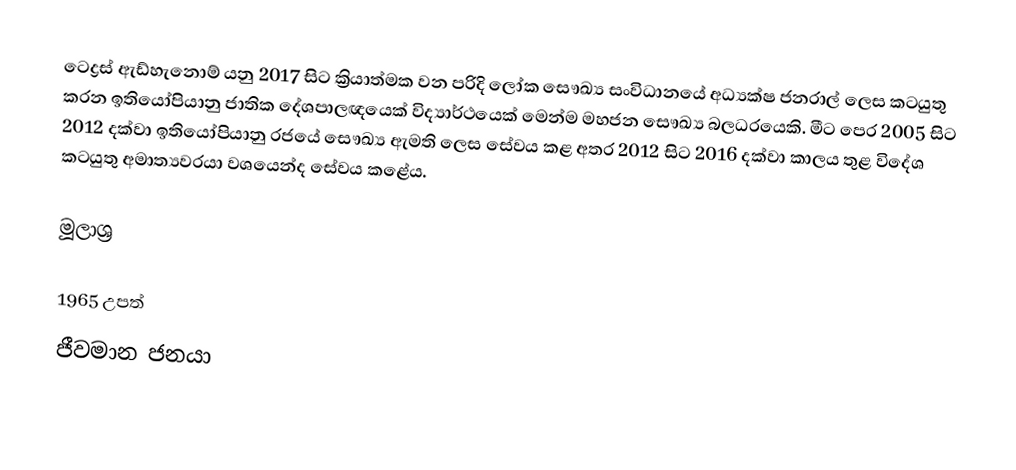
ටෙද්‍රස් ඇඩ්හැනොම් යනු 2017 සිට ක්‍රියාත්මක වන පරිදි ලෝක සෞඛ්‍ය සංවිධානයේ අධ්‍යක්ෂ ජනරාල් ලෙස කටයුතු කරන ඉතියෝපියානු ජාතික දේශපාලඥයෙක් විද්‍යාර්ථයෙක් මෙන්ම මහජන සෞඛ්‍ය බලධරයෙකි. මීට පෙර 2005 සිට 2012 දක්වා ඉතියෝපියානු රජයේ සෞඛ්‍ය ඇමති ලෙස සේවය කළ අතර 2012 සිට 2016 දක්වා කාලය තුළ විදේශ කටයුතු අමාත්‍යවරයා වශයෙන්ද සේවය කළේය.

මූලාශ්‍ර

1965 උපත්
ජීවමාන ජනයා